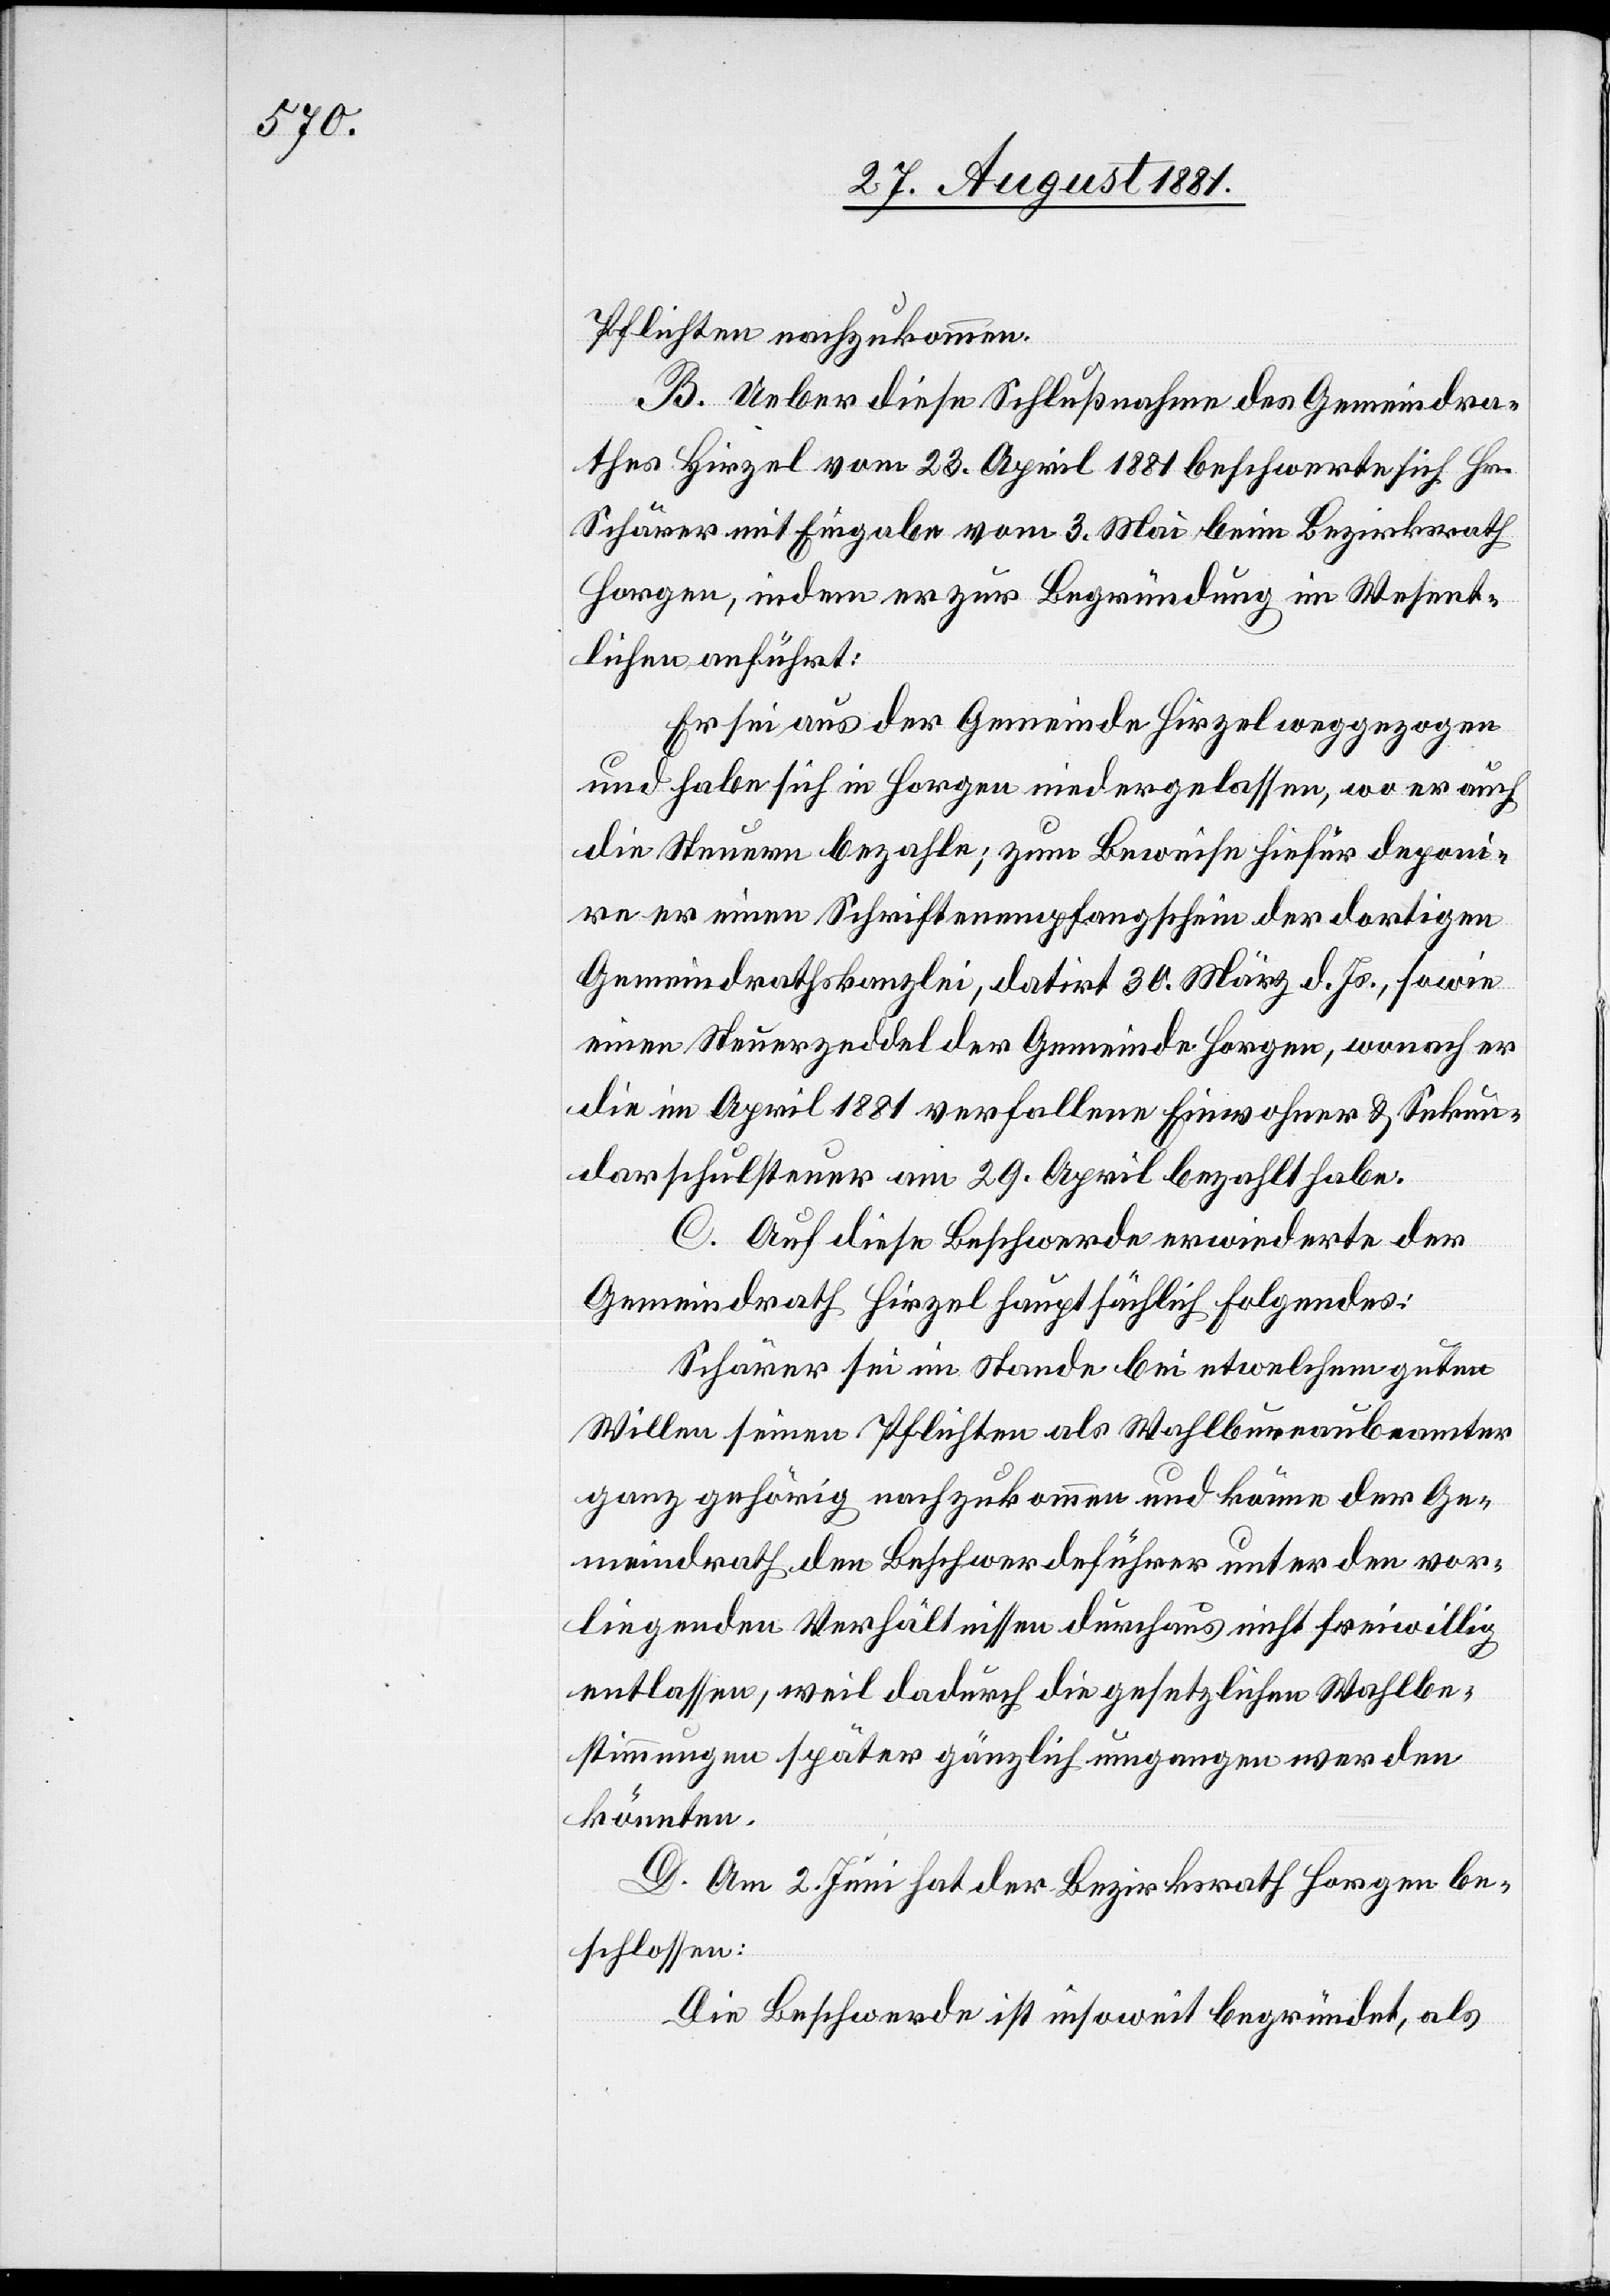
Pflichten nachzukommen.
B. Ueber diese Schlußnahme des Gemeindra¬
thes Hirzel vom 23. April 1881 beschwerte sich Hr.
Schärer mit Eingabe vom 3. Mai beim Bezirksrath
Horgen, indem er zur Begründung im Wesent¬
lichen anführt:
Er sei aus der Gemeinde Hirzel weggezogen
und habe sich in Horgen niedergelassen, wo er auch
die Steuern bezahle; zum Beweise hiefür deponi¬
re er einen Schriftenempfangschein der dortigen
Gemeindrathskanzlei, datirt 30. März d. Js., sowie
einen Steuerzeddel der Gemeinde Horgen, wonach er
die im April 1881 verfallene Einwohner[-] & Sekun¬
darschulsteuer am 29. April bezahlt habe.
C. Auf diese Beschwerde erwiederte der
Gemeindrath Hirzel hauptsächlich Folgendes:
Schärer sei im Stande bei etwelchem guten
Willen seinen Pflichten als Wahlbureaubeamter
ganz gehörig nachzukommen und könne der Ge¬
meindrath den Beschwerdeführer unter den vor¬
liegenden Verhältnisses durchaus nicht freiwillig
entlassen, weil dadurch die gesetzlichen Wahlbe¬
stimmungen später gänzlich umgangen werden
könnte.
D. Am 2. Juni hat der Bezirksrath Horgen be¬
schlossen:
Die Beschwerde ist insoweit begründet, als